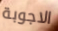
الاجوبة